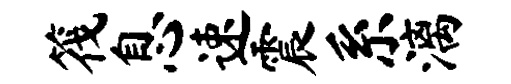
筏息速震系漓